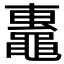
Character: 𬹢